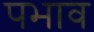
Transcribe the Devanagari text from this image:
पभाव